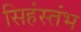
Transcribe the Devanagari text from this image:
सिहंस्तंभ